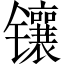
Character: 镶